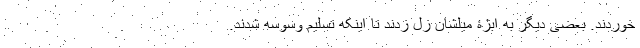
خوردند. بعضی دیگر به ابژۀ میلشان زل زدند تا اینکه تسلیم وسوسه شدند.